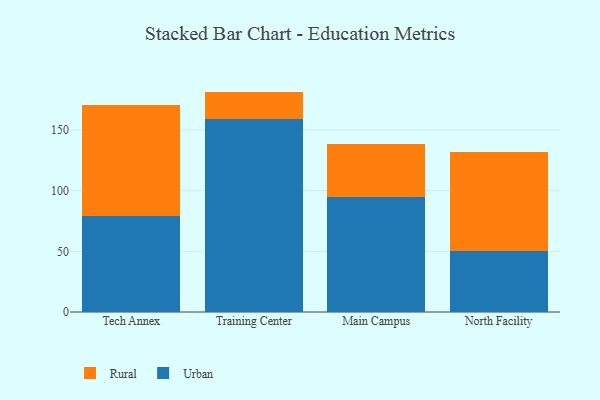
{"axis": {"x": "Campus", "y": "Demand Index"}, "legend": ["Rural", "Urban"], "data": [{"x": "Tech Annex", "y": 78.8, "type": "Urban"}, {"x": "Tech Annex", "y": 92.0, "type": "Rural"}, {"x": "Training Center", "y": 159.1, "type": "Urban"}, {"x": "Training Center", "y": 22.5, "type": "Rural"}, {"x": "Main Campus", "y": 95.0, "type": "Urban"}, {"x": "Main Campus", "y": 43.2, "type": "Rural"}, {"x": "North Facility", "y": 50.4, "type": "Urban"}, {"x": "North Facility", "y": 81.2, "type": "Rural"}]}